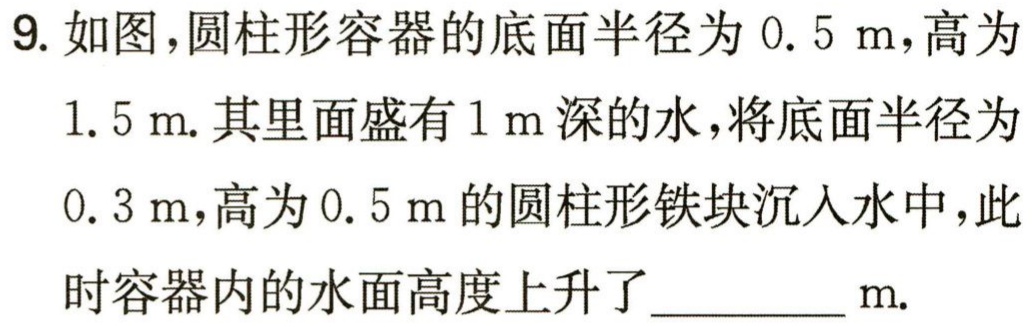
9. 如图，圆柱形容器的底面半径为 \(0.5\mathrm{ m}\)，高为

\(1.5\mathrm{ m}\). 其里面盛有 \(1\mathrm{ m}\) 深的水，将底面半径为

\(0.3\mathrm{ m}\)，高为 \(0.5\mathrm{ m}\) 的圆柱形铁块沉入水中，此

时容器内的水面高度上升了________\(\mathrm{m}\).